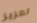
تعزيز